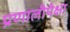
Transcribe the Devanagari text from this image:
प्रणालीपेक्षा